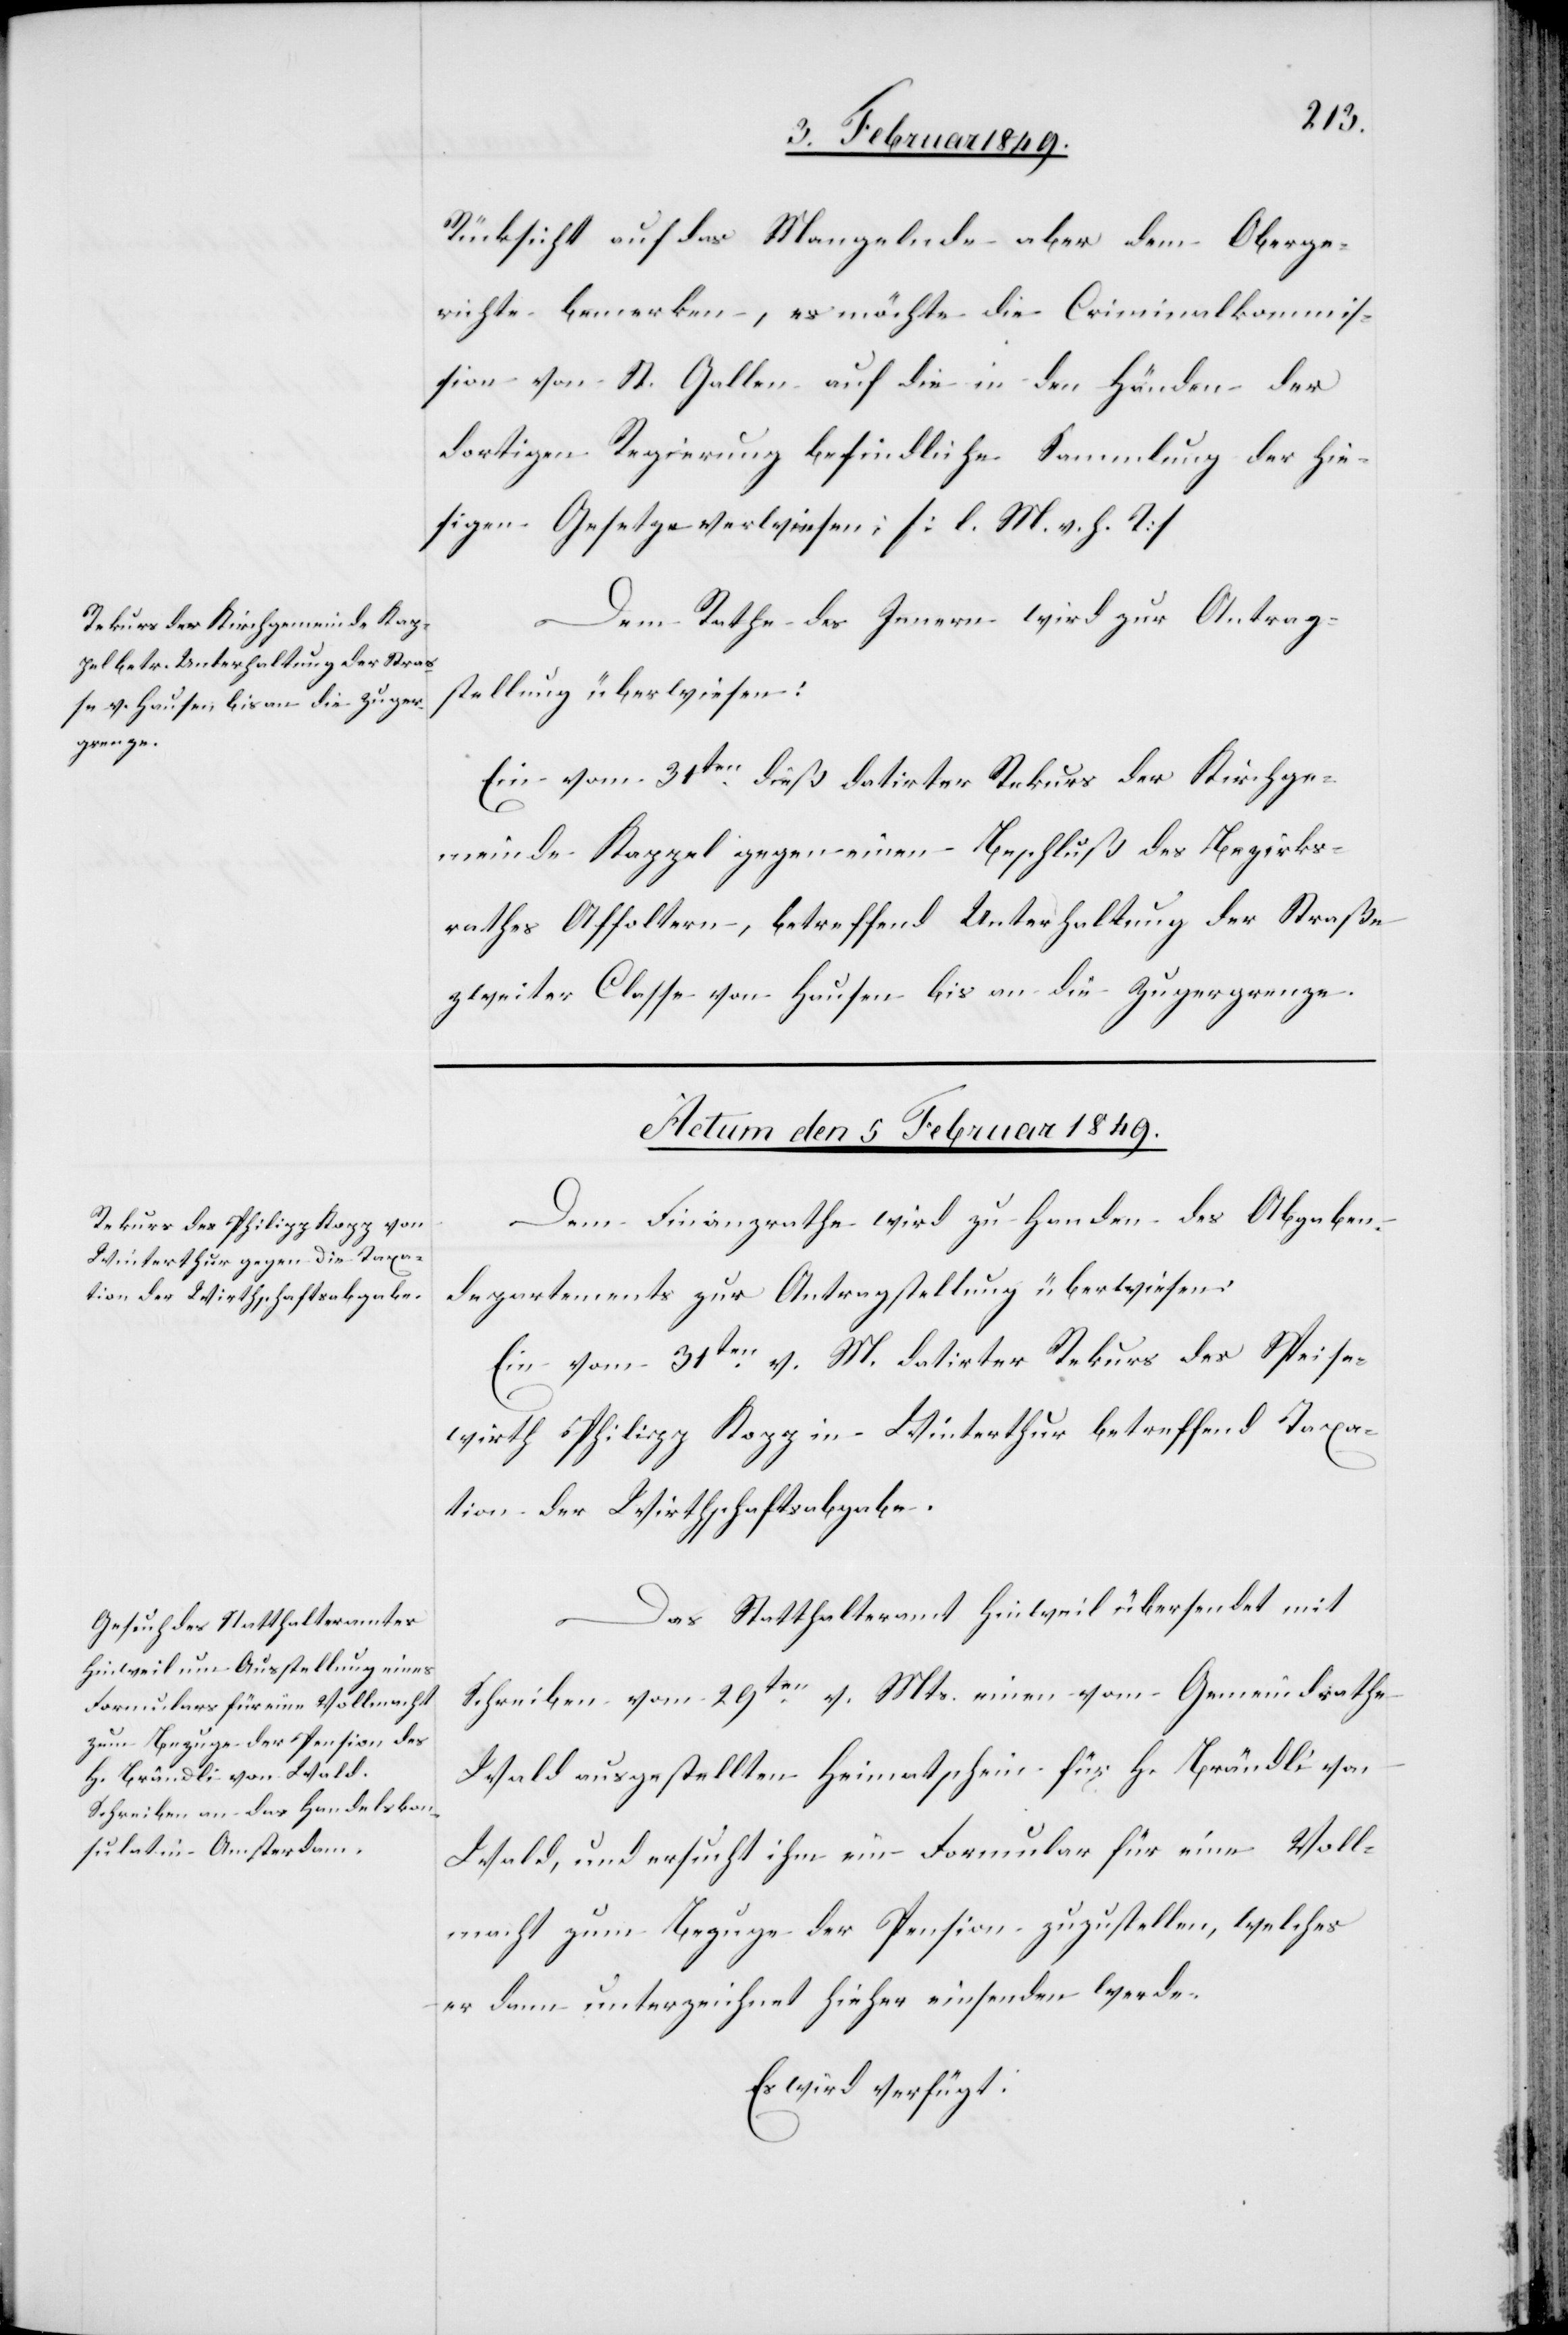
Rücksicht auf das Mangelnde aber dem Oberge¬
richte bemerken, es möchte die Criminalkommis¬
sion von St. Gallen auf die in den Händen der
dortigen Regierung befindliche Sammlung der hie¬
sigen Gesetze verwiesen [sic!]. [l. M. v. h. T]
Dem Rathe des Innern wird zur Antrag¬
stellung überwiesen:
Ein vom 31ten. dieß datirter Rekurs der Kirchge¬
meinde Kappel gegen einen Beschluß des Bezirks¬
rathes Affoltern, betreffend Unterhaltung der Straße
zweiter Classe von Hausen bis an die Zugergrenze.
Actum den 5 Februar 1849.]
Dem Finanzrathe wird zu Handen des Abgaben¬
departements zur Antragstellung überwiesen:
Ein vom 31ten. v. M. datirter Rekurs des Speise¬
wirth Philipp Kopp in Winterthur betreffend Taxa¬
tion der Wirthschaftsabgabe.
Das Statthalteramt Hinweil übersendet mit
Schreiben vom 29ten. v. Mts. einen vom Gemeindrathe
Wald ausgestellten Heimatschein für H. Brändli von
Wald, und ersucht ihm ein Formular für eine Voll¬
macht zum Bezuge der Pension zuzustellen, welches
er dann unterzeichnet hieher einsenden werde.
Es wird verfügt: